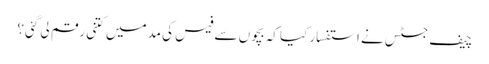
چیف جسٹس نے استفسار کیا کہ بچوں سے فیس کی مدمیں کتنی رقم لی گئی؟